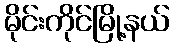
မိုင်းကိုင်မြို့နယ်